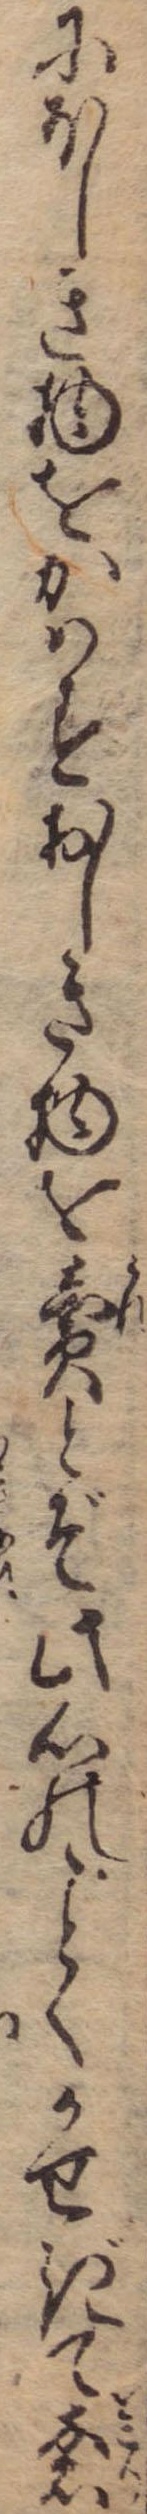
にほしき物をかはすおしき物を売とぞ此心のくかせぎて奢